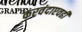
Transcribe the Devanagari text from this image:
करवंदाएवढी